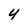
Character: y